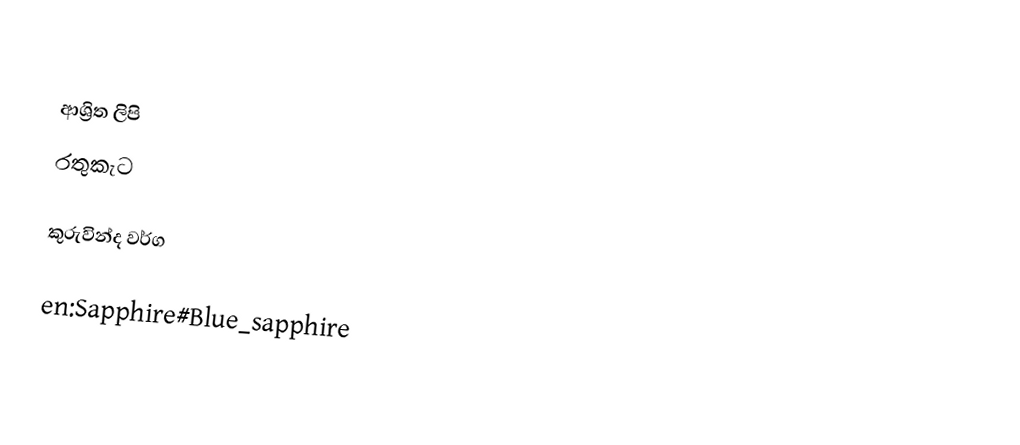

ආශ්‍රිත ලිපි
 රතුකැට

කුරුවින්ද වර්ග

en:Sapphire#Blue_sapphire